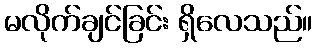
မလိုက်ချင်ခြင်း ရှိလေသည်။